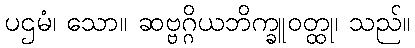
ပဌမံ၊ သော။ ဆဗ္ဗဂ္ဂိယဘိက္ခူဝတ္ထု၊ သည်။